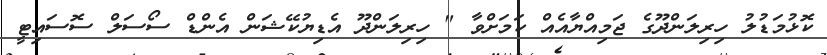
ކޮޅުމަޑުލު ހިރިލަންދޫގެ ޖަމިއްޔާއެއް ކަމަށްވާ " ހިރިލަންދޫ އެޑިޔުކޭޝަން އެންޑް ސޯސަލް ސޮސައިޓީ